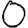
Digit: 0